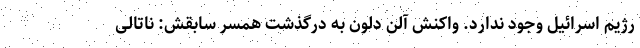
رژیم اسرائیل وجود ندارد. واکنش آلن دلون به درگذشت همسر سابقش: ناتالی